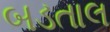
બડતાલ